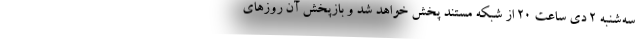
سه‌شنبه ۲ دی ساعت ۲۰ از شبکه مستند پخش خواهد شد و بازپخش آن روزهای